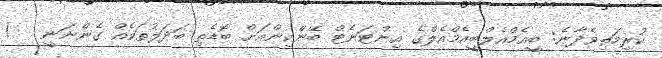
ކުރިމަތިވެދާނެ: ބީއެމްއެލްބީއެމްއެލްގެ އިންޓަނެޓް ބޭންކިންއަށް ބޮޑެތި ބަދަލުތަކެއް ގެންނަނީ   !